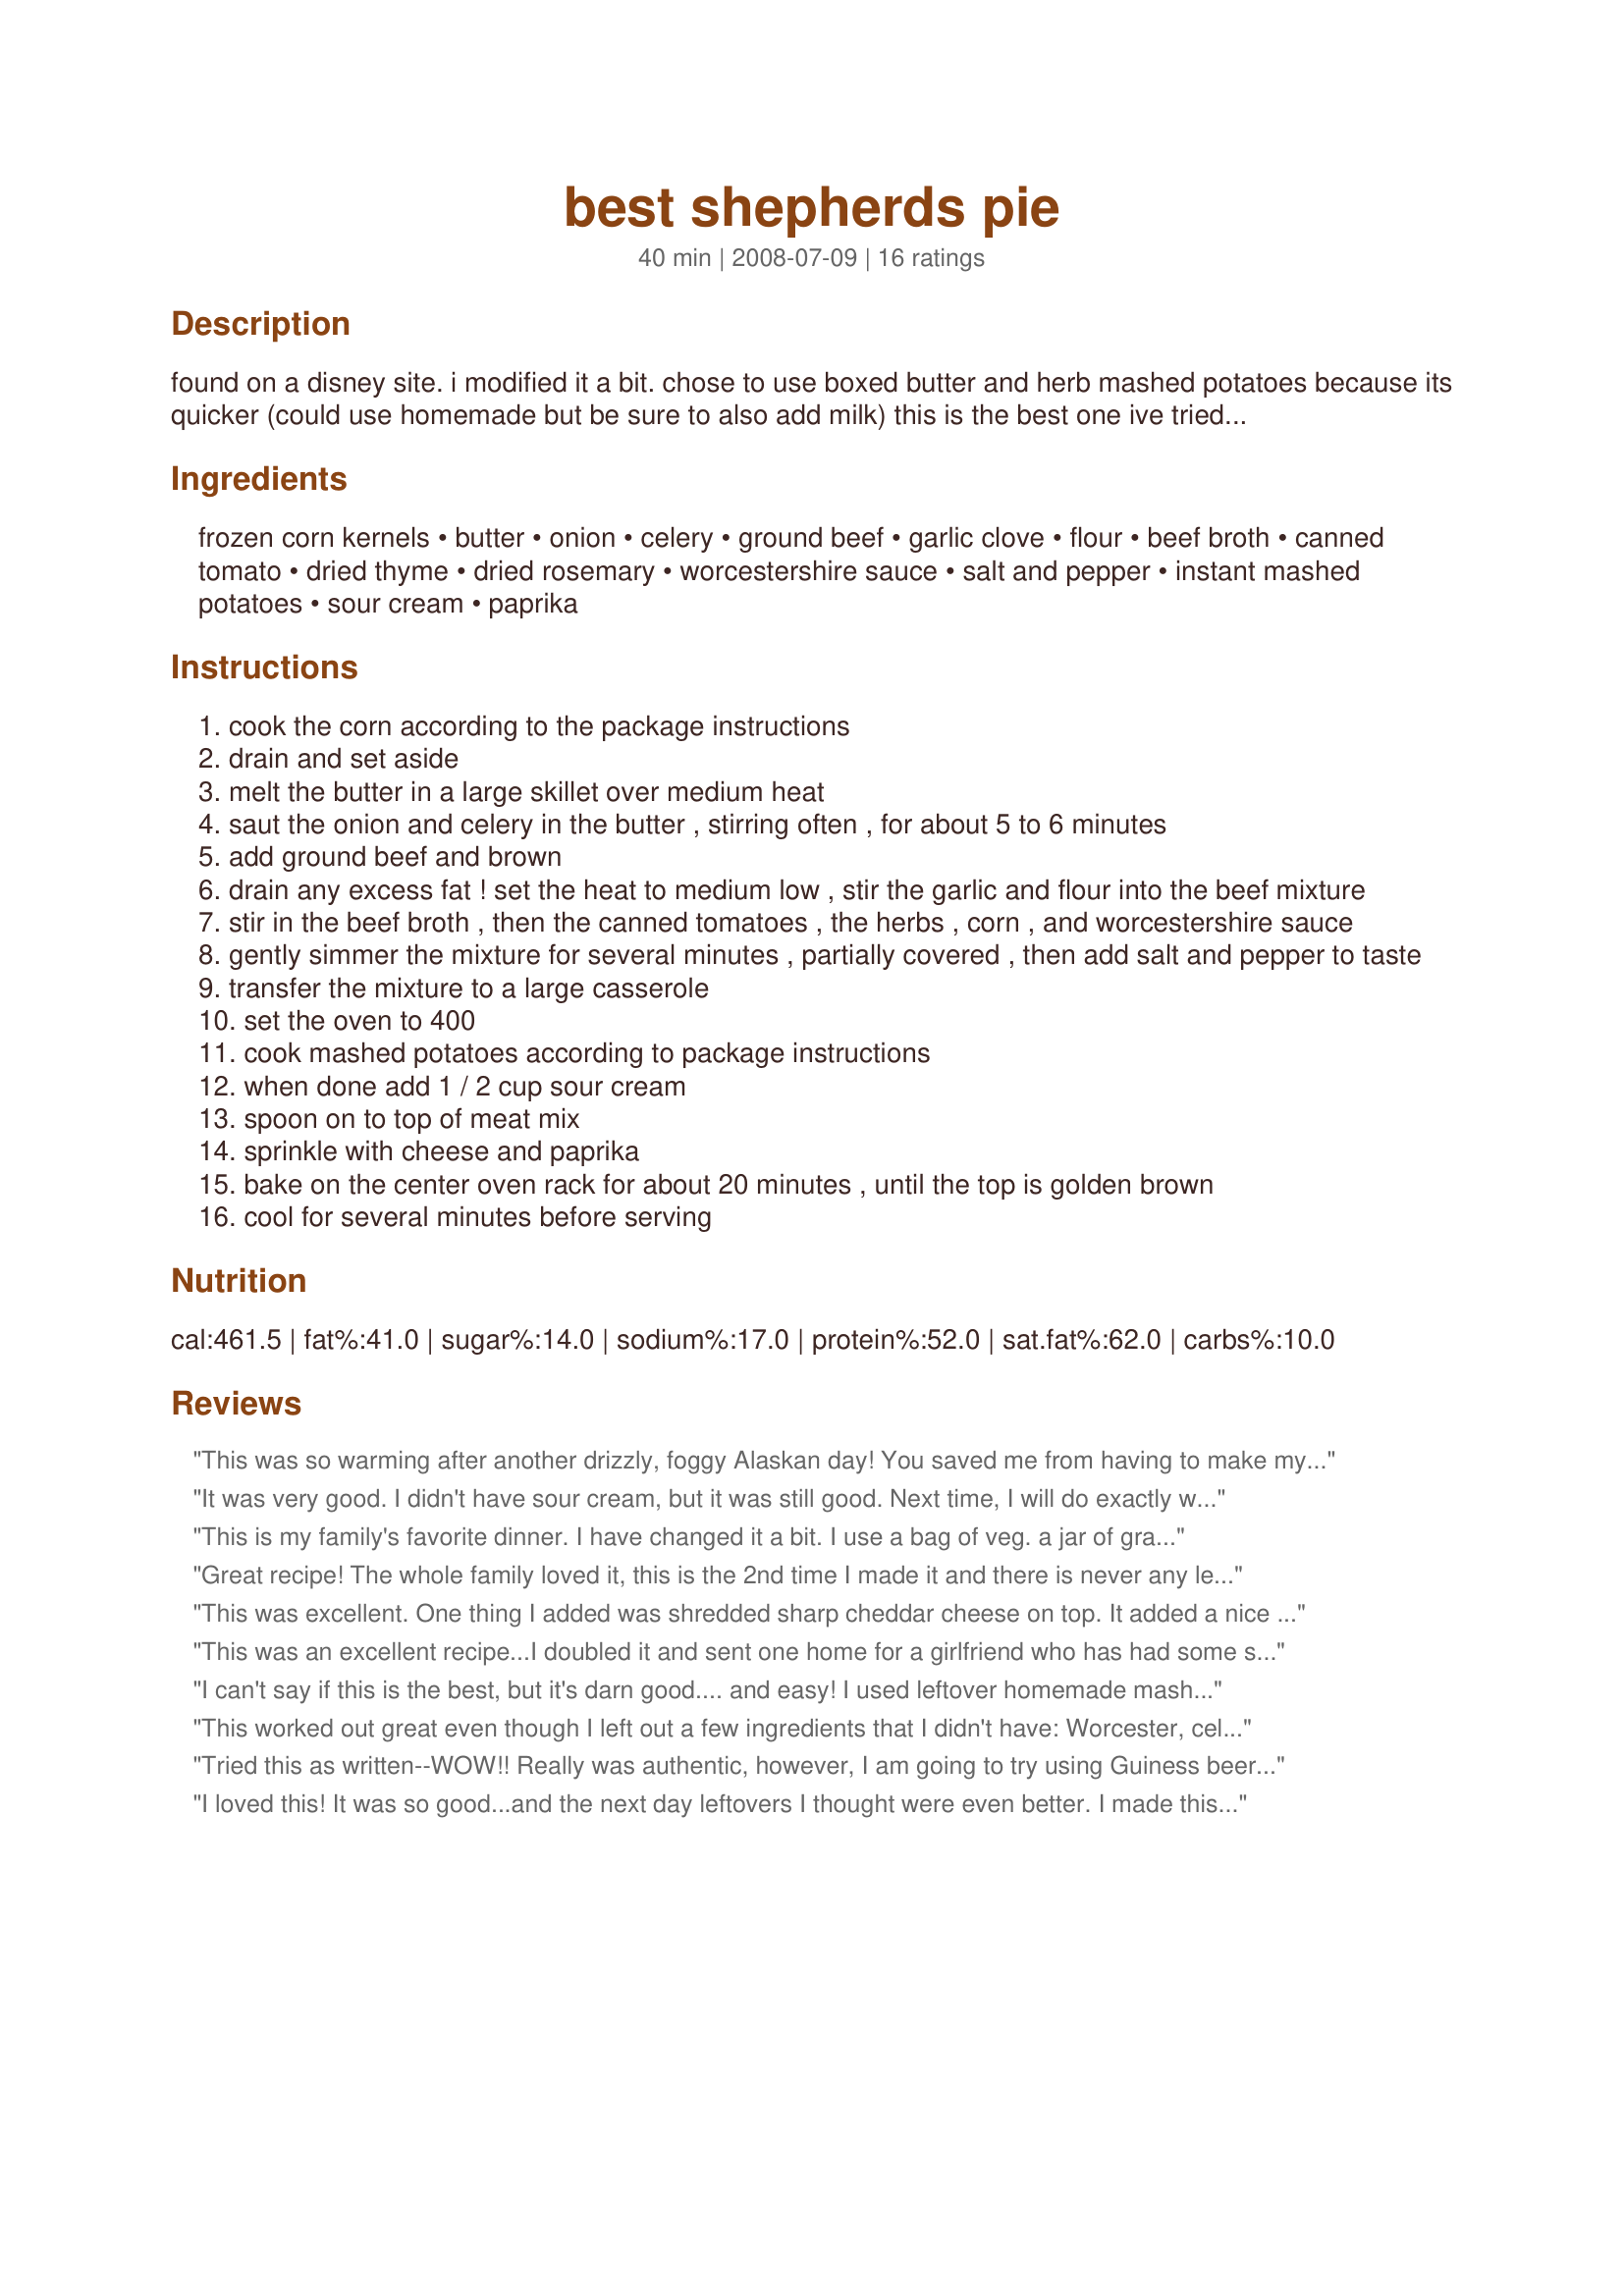
best shepherds pie
Preparation time: 40 minutes

found on a disney site. i modified it a bit. chose to use boxed butter and herb mashed potatoes because its quicker (could use homemade but be sure to also add milk)
this is the best one ive tried yet. tons of flavour!!

Ingredients:
frozen corn kernels, butter, onion, celery, ground beef, garlic clove, flour, beef broth, canned tomato, dried thyme, dried rosemary, worcestershire sauce, salt and pepper, instant mashed potatoes, sour cream, paprika

Steps:
cook the corn according to the package instructions
drain and set aside
melt the butter in a large skillet over medium heat
saut the onion and celery in the butter , stirring often , for about 5 to 6 minutes
add ground beef and brown
drain any excess fat ! set the heat to medium low , stir the garlic and flour into the beef mixture
stir in the beef broth , then the canned tomatoes , the herbs , corn , and worcestershire sauce
gently simmer the mixture for several minutes , partially covered , then add salt and pepper to taste
transfer the mixture to a large casserole
set the oven to 400
cook mashed potatoes according to package instructions
when done add 1 / 2 cup sour cream
spoon on to top of meat mix
sprinkle with cheese and paprika
bake on the center oven rack for about 20 minutes , until the top is golden brown
cool for several minutes before serving

Reviews:
This was so warming after another drizzly, foggy Alaskan day! You saved me from having to make my husband his favorite hamburger gravy. He is now trying to figure out how to take this to hunting camp. I had to make some tweaks, I didn't have beef broth so I used brown gravy and left out the flour. I drained the tomatos like someone else suggested and had to use frozen chopped onions, cause it's what I had, I threw them in after I browned the beef and drained it, along with the frozen corn. But it still turned out wonderful. Next time I think I will thicken it a hair more but it was so tasty and warm! Thanks for a keeper!
It was very good. I didn't have sour cream, but it was still good. Next time, I will do exactly what it says in the recipe. Everyone in my family liked it. Thanks for posting!
This is my family's favorite dinner. I have changed it a bit. I use a bag of veg. a jar of gravy instead of broth and never instant potatoes, I use a 5lb bag of red potatoes. Delicious!
Great recipe! The whole family loved it, this is the 2nd time I made it and there is never any left over. My husband always tries to put a little away for lunch the next day but one of the kids always finds it. Thanks for a winner recipe.
This was excellent. One thing I added was shredded sharp cheddar cheese on top. It added a nice touch. Thanks for the recipe.
This was an excellent recipe...I doubled it and sent one home for a girlfriend who has had some surgery...easy and yummy.
I can't say if this is the best, but it's darn good.... and easy! I used leftover homemade mashed potatoes (made w/ sour cream) but otherwise stuck to the recipe. It was very tasty. I made Recipe #243503 as a side dish for this and it was a wonderful meal. Thanx for sharing!
This worked out great even though I left out a few ingredients that I didn't have: Worcester, celery, beef broth, and even though I had the tomatoes I forgot to add them. Still turned out great! I took someone's advice and added mixed veggies, and I used soy sauce, beef seasoning and 1 cup of water to replace the Worcester and beef broth. I sauteed onions with green peppers instead of celery. Tasted awesome. Topped with 4 shredded cheeses and used a family sized pkg of garlic mashed taters. Used a 13x9 glass pan because I used 1lb beef and 1lb ground deer. Will definitely save this one, thanks!
Tried this as written--WOW!! Really was authentic, however, I am going to try using Guiness beer in place of the beef broth next time. We had this several times while in Ireland and it was always made with Guiness. Thanks for posting.
I loved this! It was so good...and the next day leftovers I thought were even better. I made this exactly as written,except I didn't use instant potatoes. I must not have waited long enough before serving, although it was like 30 minutes because it was still too thin. The next day though it had thickened up alot and was yummy! I also make this with chicken and chicken broth and it is equally as good. I will be making this again and again. Thank you for posting this!
My husband said "I hate Shepherd's Pie...but this is AWESOME!" I loved it, and so did all six of my kids...including two picky eaters. Thanks for sharing a great recipe!
Very tasty recipe but mine came out a little soupy, not sure if I didn't use enough mashed potato's or what, I used 6 cups and would use more next time and also make sure you drain the diced tomato's well. I might even cut down on the beef broth to 3/4 cup but overall loved it :)
This is a very versatile recipe; it doesn't indicate how much mashed potato is needed though. I think around 4 cups would be enough so you get the nice ratio between potato and filling.
This recipe is awesome! Everyone's favorite in my house. As another reviewer mentioned, adding the shredded cheddar cheese on top is a must. I double the garlic and I use frozen mixed veggies peas/carrots/corn/green beans) instead of just corn. Also reheats well for leftovers (if there are any!).
We all loved this! I did put less stock in there and that worked out perfect. I also just used a mix of veggies and my husband loved it so much, he had THREE services and took some leftovers to work today!
This was quite good, I used two lbs of beef and adjusted some of the ingredients to suit. I added a bit too much broth and it was a little soupy! I added twice the garlic and a wee bit of steak spice. I would decrease the thyme (I associate it with chicken!) Used some leftover mashed potaotes (okay I had a ton!) My DH doesn't care for Shepherds pie and he enjoyed this. Easy to throw together. Thanks!!
